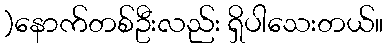
)နောက်တစ်ဦးလည်း ရှိပါသေးတယ်။